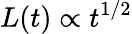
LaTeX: L(t)\propto t^{1/2}